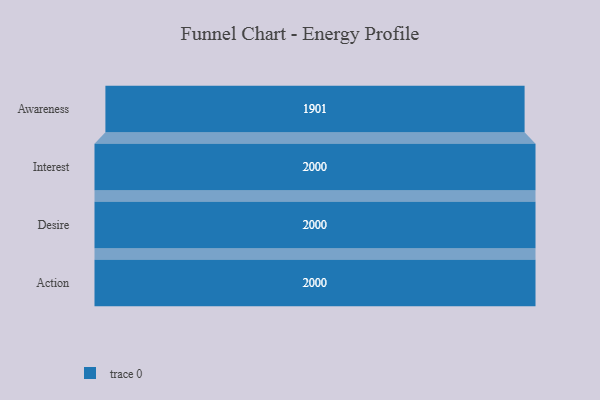
{"axis": {"x": "Stage", "y": "Value"}, "legend": [""], "data": [{"x": "Awareness", "y": 1901.0, "type": ""}, {"x": "Interest", "y": 2000, "type": ""}, {"x": "Desire", "y": 2000, "type": ""}, {"x": "Action", "y": 2000, "type": ""}]}